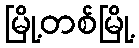
မြို့တစ်မြို့